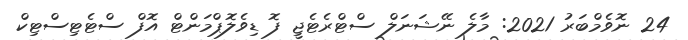
24 ނޮވެމްބަރު 2021: މާލެ ނޭޝަނަލް ސްޓްރެޓެޖީ ފޮ ޑިވެލޮޕްމަންޓް އޮފް ސްޓެޓިސްޓިކް